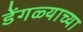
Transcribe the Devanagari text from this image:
डेंगळ्याच्या